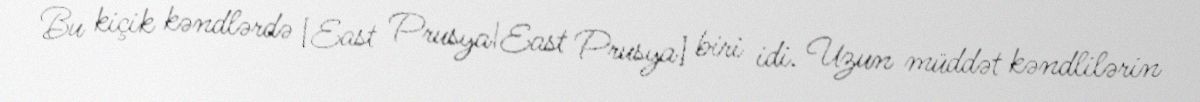
Bu kiçik kəndlərdə [East Prusya|East Prusya] biri idi. Uzun müddət kəndlilərin